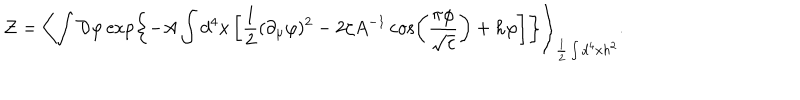
LaTeX: { \cal Z } = \left< \int { \cal D } \varphi \exp \left\{ - A \int d ^ { 4 } x \left[ \frac 1 2 ( \partial _ { \mu } \varphi ) ^ { 2 } - 2 \zeta A ^ { - 1 } \cos \left( \frac { \pi \varphi } { \sqrt { c } } \right) + h \varphi \right] \right\} \right> _ { \frac 1 2 \int d ^ { 4 } x h ^ { 2 } } .